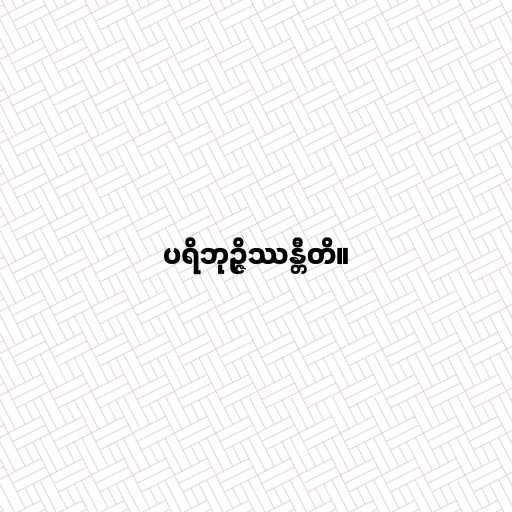
ပရိဘုဉ္ဇိဿန္တီတိ။